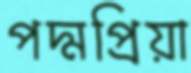
পদ্মপ্রিয়া